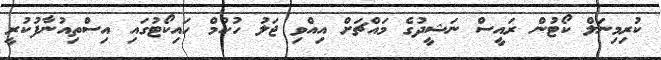
ކުރިމިނަލް ކޯޓުން ރައީސް ނަޝީދުގެ މައްޗަށް އިއްވި ޖަލު ހުކުމް ހައިކޯޓުގައި އިސްތިއުނާފުކުރީ